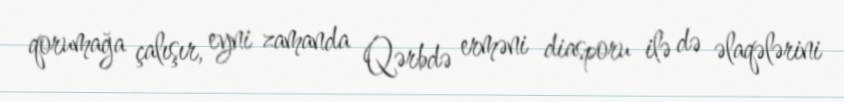
qorumağa çalışır, eyni zamanda Qərbdə erməni diasporu ilə də əlaqələrini